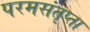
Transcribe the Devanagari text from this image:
परमसंतृप्ता